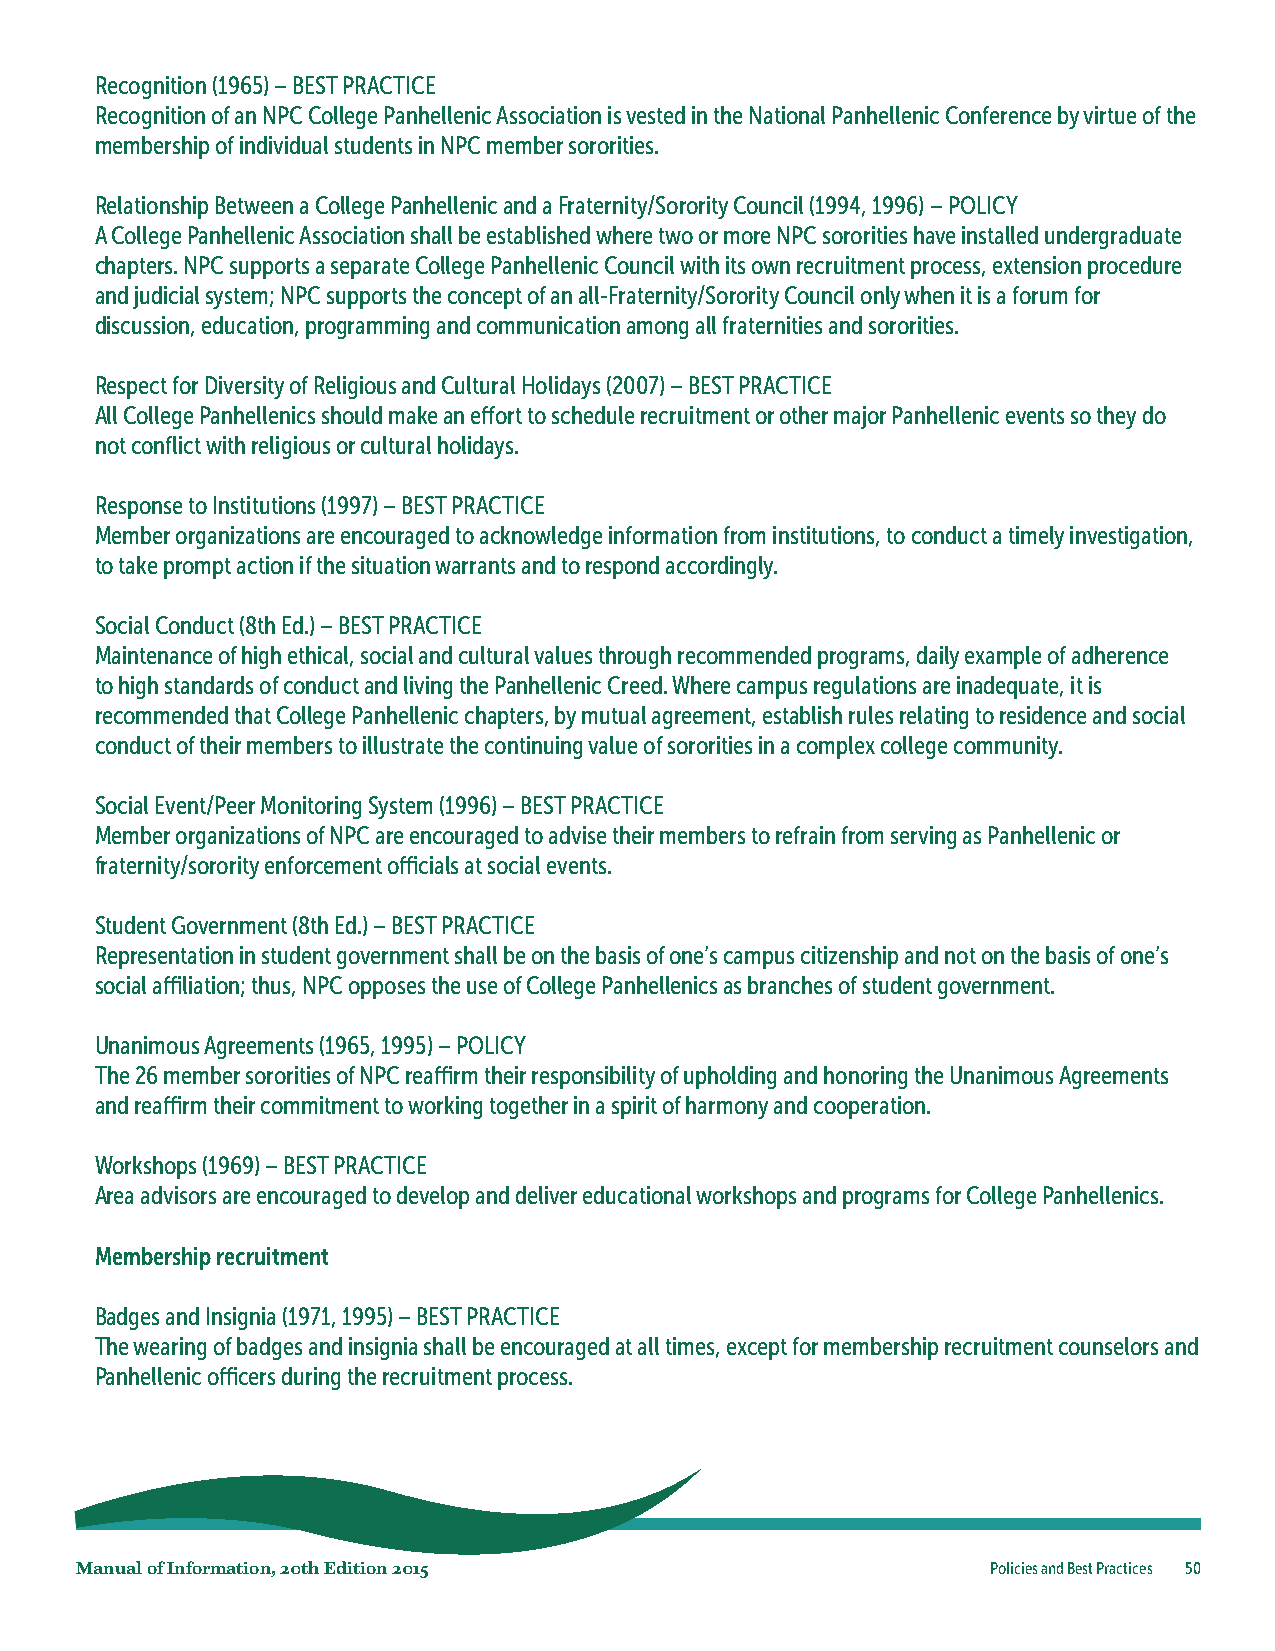
Recognition (1965) – BEST PRACTICE
 Recognition of an NPC College Panhellenic Association is vested in the National Panhellenic Conference by virtue of the
 membership of individual students in NPC member sororities.
 Relationship Between a College Panhellenic and a Fraternity/Sorority Council (1994, 1996) – POLICY
 A College Panhellenic Association shall be established where two or more NPC sororities have installed undergraduate
 chapters. NPC supports a separate College Panhellenic Council with its own recruitment process, extension procedure
 and judicial system; NPC supports the concept of an all-Fraternity/Sorority Council only when it is a forum for
 discussion, education, programming and communication among all fraternities and sororities.
 Respect for Diversity of Religious and Cultural Holidays (2007) – BEST PRACTICE
 All College Panhellenics should make an effort to schedule recruitment or other major Panhellenic events so they do
 not conflict with religious or cultural holidays.
 Response to Institutions (1997) – BEST PRACTICE
 Member organizations are encouraged to acknowledge information from institutions, to conduct a timely investigation,
 to take prompt action if the situation warrants and to respond accordingly.
 Social Conduct (8th Ed.) – BEST PRACTICE
 Maintenance of high ethical, social and cultural values through recommended programs, daily example of adherence
 to high standards of conduct and living the Panhellenic Creed. Where campus regulations are inadequate, it is
 recommended that College Panhellenic chapters, by mutual agreement, establish rules relating to residence and social
 conduct of their members to illustrate the continuing value of sororities in a complex college community.
 Social Event/Peer Monitoring System (1996) – BEST PRACTICE
 Member organizations of NPC are encouraged to advise their members to refrain from serving as Panhellenic or
 fraternity/sorority enforcement officials at social events.
 Student Government (8th Ed.) – BEST PRACTICE
 Representation in student government shall be on the basis of one’s campus citizenship and not on the basis of one’s
 social affiliation; thus, NPC opposes the use of College Panhellenics as branches of student government.
 Unanimous Agreements (1965, 1995) – POLICY
 The 26 member sororities of NPC reaffirm their responsibility of upholding and honoring the Unanimous Agreements
 and reaffirm their commitment to working together in a spirit of harmony and cooperation.
 Workshops (1969) – BEST PRACTICE
 Area advisors are encouraged to develop and deliver educational workshops and programs for College Panhellenics.
 Membership recruitment
 Badges and Insignia (1971, 1995) – BEST PRACTICE
 The wearing of badges and insignia shall be encouraged at all times, except for membership recruitment counselors and
 Panhellenic officers during the recruitment process.
 Manual of Information, 20th Edition 2015                     Policies and Best Practices 50